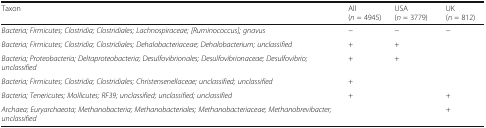
<table><thead><tr><td><b>Taxon</b></td><td><b>All (<i>n</i> = 4945)</b></td><td><b>USA (<i>n</i> = 3779)</b></td><td><b>UK (<i>n</i> = 812)</b></td></tr></thead><tbody><tr><td><i>Bacteria; Firmicutes; Clostridia; Clostridiales; Lachnospiraceae; [Ruminococcus]; gnavus</i></td><td>−</td><td>−</td><td>−</td></tr><tr><td><i>Bacteria; Firmicutes; Clostridia; Clostridiales; Dehalobacteriaceae; Dehalobacterium; unclassified</i></td><td>+</td><td>+</td><td></td></tr><tr><td><i>Bacteria; Proteobacteria; Deltaproteobacteria; Desulfovibrionales; Desulfovibrionaceae; Desulfovibrio; unclassified</i></td><td>+</td><td>+</td><td></td></tr><tr><td><i>Bacteria; Firmicutes; Clostridia; Clostridiales; Christensenellaceae; unclassified; unclassified</i></td><td>+</td><td></td><td></td></tr><tr><td><i>Bacteria; Tenericutes; Mollicutes; RF39; unclassified; unclassified; unclassified</i></td><td>+</td><td></td><td>+</td></tr><tr><td><i>Archaea; Euryarchaeota; Methanobacteria; Methanobacteriales; Methanobacteriaceae; Methanobrevibacter; unclassified</i></td><td></td><td></td><td>+</td></tr></tbody></table>